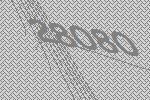
28080